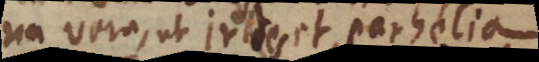
vera, ut irides et parheliaaut